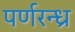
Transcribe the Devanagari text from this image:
पर्णरन्ध्र